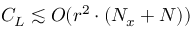
C _ { L } \lesssim O ( r ^ { 2 } \cdot ( N _ { x } + N ) )